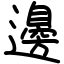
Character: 邊